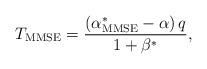
LaTeX: \begin{align*} T_{\rm{MMSE}} = \frac{\left( \alpha^\ast_{\rm{MMSE}} - \alpha \right)q}{1+\beta^\ast},\end{align*}